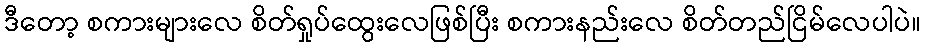
ဒီတော့ စကားများလေ စိတ်ရှုပ်ထွေးလေဖြစ်ပြီး စကားနည်းလေ စိတ်တည်ငြိမ်လေပါပဲ။